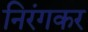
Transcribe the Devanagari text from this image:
निरंगकर